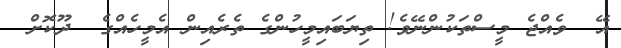
އޭ  ވެއްޖެ މީސްތަކުންނޭވެ! ތިޔަބައިމީހުންގެ ތެރެއިން އެމީހެއްގެ  ދޫކޮށް